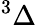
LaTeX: ^3\Delta